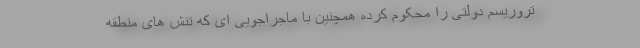
تروریسم دولتی را محکوم کرده همچنین با ماجراجویی ای که تنش های منطقه